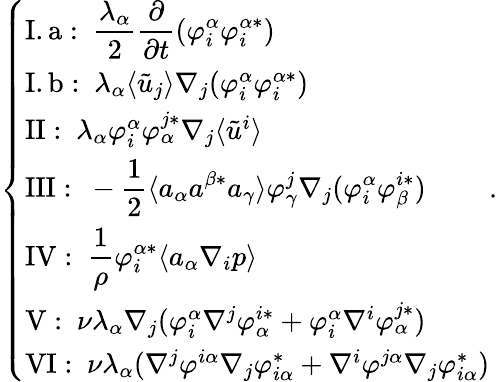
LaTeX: \left\{ \begin{array}{ll}{\mathrm{I.a:~}\displaystyle\frac{\lambda_{\alpha}}{2}\frac{\partial}{\partial t}(\varphi_{i}^{\alpha}\varphi_{i}^{\alpha*})}\\ {\mathrm{I.b:~}\lambda_{\alpha}\langle\tilde{u}_{j}\rangle\nabla_{j}(\varphi_{i}^{\alpha}\varphi_{i}^{\alpha*})}\\ {\mathrm{II:~}\lambda_{\alpha}\varphi_{i}^{\alpha}\varphi_{\alpha}^{j*}\nabla_{j}\langle\tilde{u}^{i}\rangle}\\ {\mathrm{III:~}\displaystyle-\frac{1}{2}\langle a_{\alpha}a^{\beta*}a_{\gamma}\rangle\varphi_{\gamma}^{j}\nabla_{j}(\varphi_{i}^{\alpha}\varphi_{\beta}^{i*})}\\ {\mathrm{IV:~}\displaystyle\frac{1}{\rho}\varphi_{i}^{\alpha*}\langle a_{\alpha}\nabla_{i}p\rangle}\\ {\mathrm{V:~}\nu\lambda_{\alpha}\nabla_{j}(\varphi_{i}^{\alpha}\nabla^{j}\varphi_{\alpha}^{i*}+\varphi_{i}^{\alpha}\nabla^{i}\varphi_{\alpha}^{j*})}\\ {\mathrm{VI:~}\nu\lambda_{\alpha}(\nabla^{j}\varphi^{i\alpha}\nabla_{j}\varphi_{i\alpha}^{*}+\nabla^{i}\varphi^{j\alpha}\nabla_{j}\varphi_{i\alpha}^{*})}\end{array}\right..